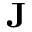
\mathbf { J }